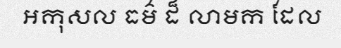
អកុសល ធម៌ ដ៏ លាមក ដែល